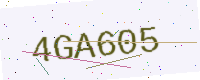
Text: 4GA605